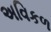
અવિકળ